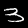
Label: 3